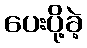
ပေးပို့ခဲ့